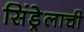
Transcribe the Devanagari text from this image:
सिंड्रेलाची